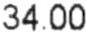
34.00